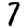
Digit: 7